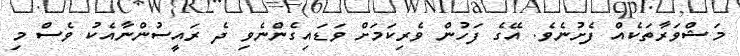
މަޝްވަރާތަކެއް ފެށުނެވެ. އޭގެ ފަހުން ވެރިކަމަށް ވަޑައިގެންނެވި ދެ ރައީސުންނާއެކު ވެސް މި